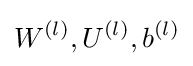
W^{(l)},U^{(l)},b^{(l)}